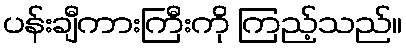
ပန်းချီကားကြီးကို ကြည့်သည်။